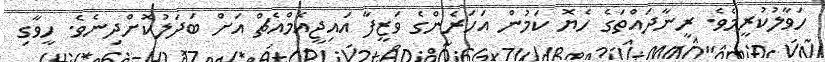
ހަވާލުކުރީމެވެ. ރީނާދައްތަގެ ހެޔޮ ކަމުން އަހަރެންގެ ވަޒީފާ އައިޖީއެމްއެޗް އަށް ބަދަލުކޮށްދިނެވެ. ހީވާގި